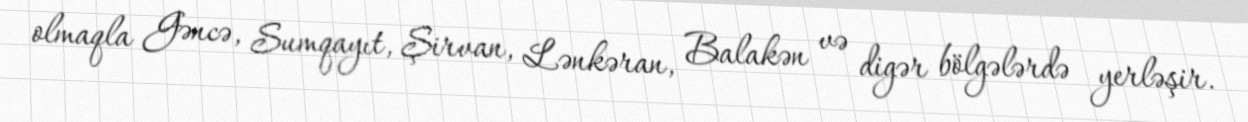
olmaqla Gəncə, Sumqayıt, Şirvan, Lənkəran, Balakən və digər bölgələrdə yerləşir.